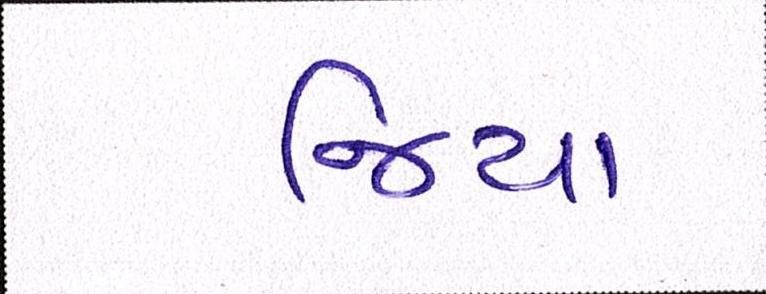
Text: જિયા